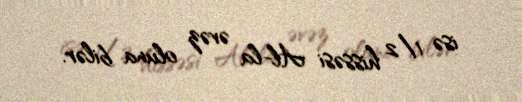
isə 1/2 hissəsi Al-la əvəz oluna bilər.